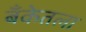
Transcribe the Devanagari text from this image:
बँकेतला